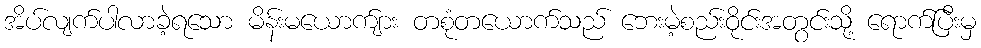
အိပ်လျက်ပါလာခဲ့ရသော မိန်းမယောက်ျား တစုံတယောက်သည် ဘေးမဲ့စည်းဝိုင်းအတွင်းသို့ ရောက်ပြီးမှ